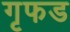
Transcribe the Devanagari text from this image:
गृफड